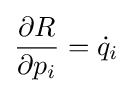
{\frac {\partial R}{\partial p_{i}}}={\dot {q}}_{i}